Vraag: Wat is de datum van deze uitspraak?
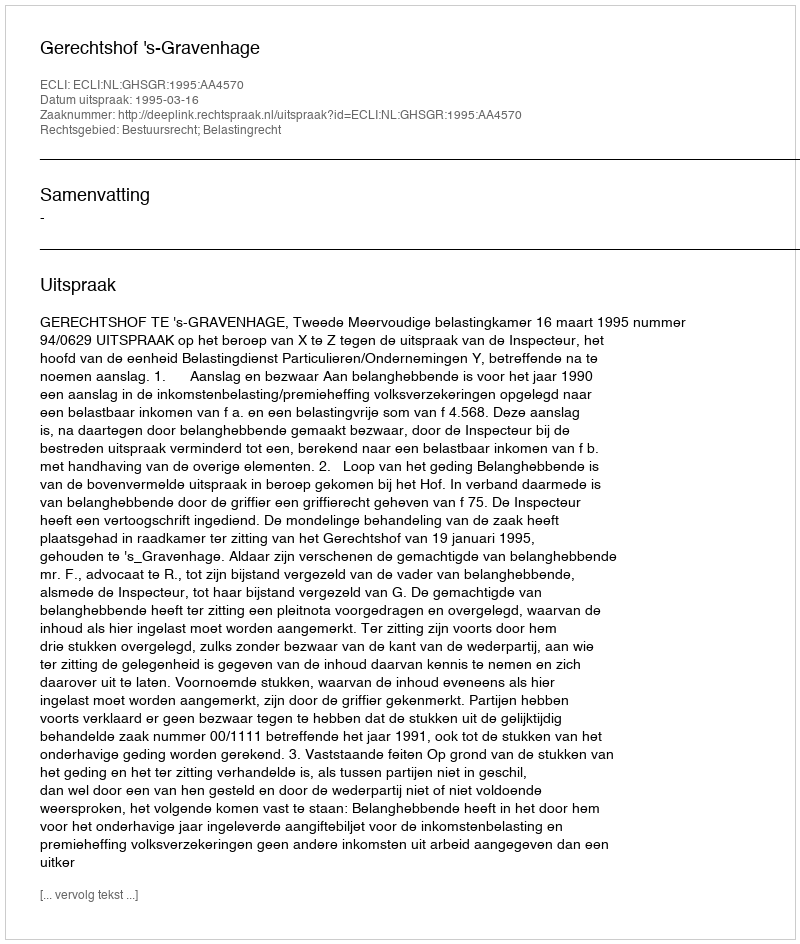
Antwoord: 1995-03-16